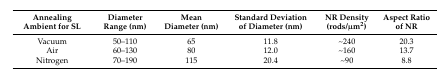
<table><thead><tr><td><b>Annealing Ambient for SL</b></td><td><b>Diameter Range (nm)</b></td><td><b>Mean Diameter (nm)</b></td><td><b>Standard Deviation of Diameter (nm)</b></td><td><b>NR Density (rods/μm<sup>2</sup>)</b></td><td><b>Aspect Ratio of NR</b></td></tr></thead><tbody><tr><td>Vacuum</td><td>50–110</td><td>65</td><td>11.8</td><td>~240</td><td>20.3</td></tr><tr><td>Air</td><td>60–130</td><td>80</td><td>12.0</td><td>~160</td><td>13.7</td></tr><tr><td>Nitrogen</td><td>70–190</td><td>115</td><td>20.4</td><td>~90</td><td>8.8</td></tr></tbody></table>